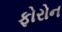
ફોરોન